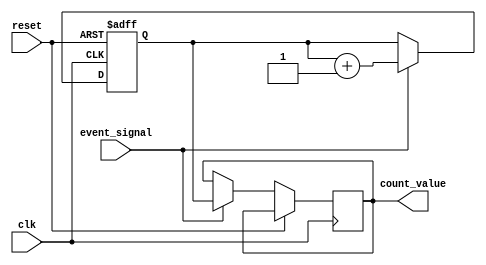
module memory_blocks_windowed_counter #(
    parameter WINDOW_SIZE = 4,   // Configurable window size
    parameter COUNTER_WIDTH = $clog2(WINDOW_SIZE + 1) // Width calculated based on window size
)(
    input wire clk,                // Clock input
    input wire reset,              // Reset input (active high)
    input wire event_signal,       // Event signal to indicate occurrence of an event
    output reg [COUNTER_WIDTH-1:0] count_value // Current count output
);

    // Internal register to hold current count
    reg [COUNTER_WIDTH-1:0] current_count;

    // Circular buffer for managing events
    reg [COUNTER_WIDTH-1:0] event_buffer [0:WINDOW_SIZE-1];
    integer i, valid_events;

    // Counter logic
    always @(posedge clk or posedge reset) begin
        if (reset) begin
            // Reset the counter and buffer
            current_count <= 0;
            for (i = 0; i < WINDOW_SIZE; i = i + 1) begin
                event_buffer[i] <= 0;
            end
            valid_events <= 0; // No valid events
        end else if (event_signal) begin
            // Check if window is full
            if (valid_events < WINDOW_SIZE) begin
                // Increment valid event count
                valid_events <= valid_events + 1;
            end else begin
                // Window is full, discard the oldest event
                current_count <= current_count - event_buffer[0]; // Remove the oldest event value
                // Shift the buffer
                for (i = 0; i < WINDOW_SIZE-1; i = i + 1) begin
                    event_buffer[i] <= event_buffer[i + 1];
                end
            end
            
            // Add the new event (increment count)
            event_buffer[valid_events] <= 1; // Mark new event
            current_count <= current_count + 1; // Increment current count

            // Update the count value output
            count_value <= current_count;
        end
    end

endmodule